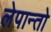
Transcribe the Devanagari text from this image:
लेपान्तो